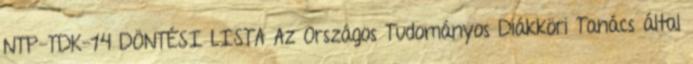
NTP-TDK-14 DÖNTÉSI LISTA Az Országos Tudományos Diákköri Tanács által